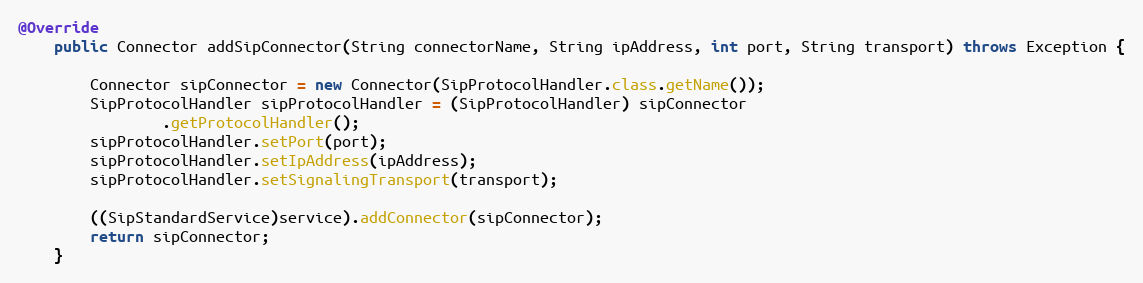
Language: Java
@Override
	public Connector addSipConnector(String connectorName, String ipAddress, int port, String transport) throws Exception {

		Connector sipConnector = new Connector(SipProtocolHandler.class.getName());
		SipProtocolHandler sipProtocolHandler = (SipProtocolHandler) sipConnector
				.getProtocolHandler();
		sipProtocolHandler.setPort(port);
		sipProtocolHandler.setIpAddress(ipAddress);
		sipProtocolHandler.setSignalingTransport(transport);

		((SipStandardService)service).addConnector(sipConnector);
		return sipConnector;
	}